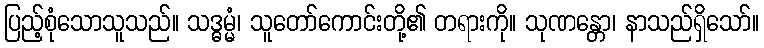
ပြည့်စုံသောသူသည်။ သဒ္ဓမ္မံ၊ သူတော်ကောင်းတို့၏ တရားကို။ သုဏန္တော၊ နာသည်ရှိသော်။